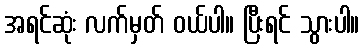
အရင်ဆုံး လက်မှတ် ဝယ်ပါ။ ပြီးရင် သွားပါ။